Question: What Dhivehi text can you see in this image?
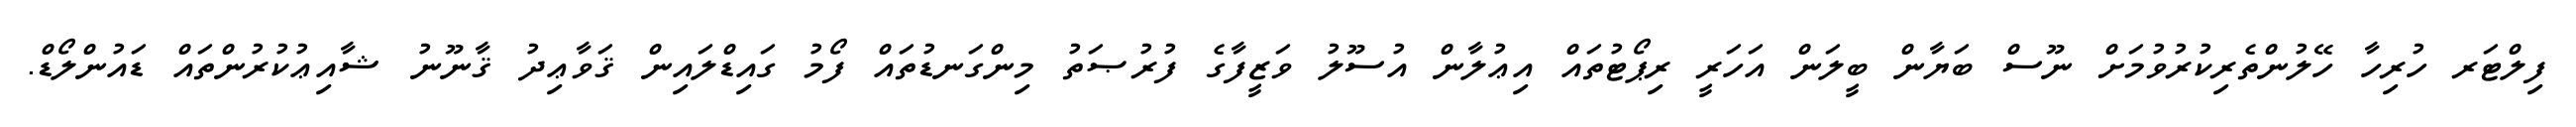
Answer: ފިލްޓަރ ހުރިހާ ހޭލުންތެރިކުރުވުމަށް ނޫސް ބަޔާން ބީލަން އަހަރީ ރިޕޯޓުތައް އިޢުލާން އުސޫލު ވަޒީފާގެ ފުރުޞަތު މިންގަނޑުތައް ފޯމު ގައިޑްލައިން ޤަވާޢިދު ޤާނޫނު ޝާއިޢުކުރުންތައް ޑައުންލޯޑް.